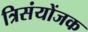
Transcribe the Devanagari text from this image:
त्रिसंयोंजक